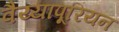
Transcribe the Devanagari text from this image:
वैय्यापूरियन